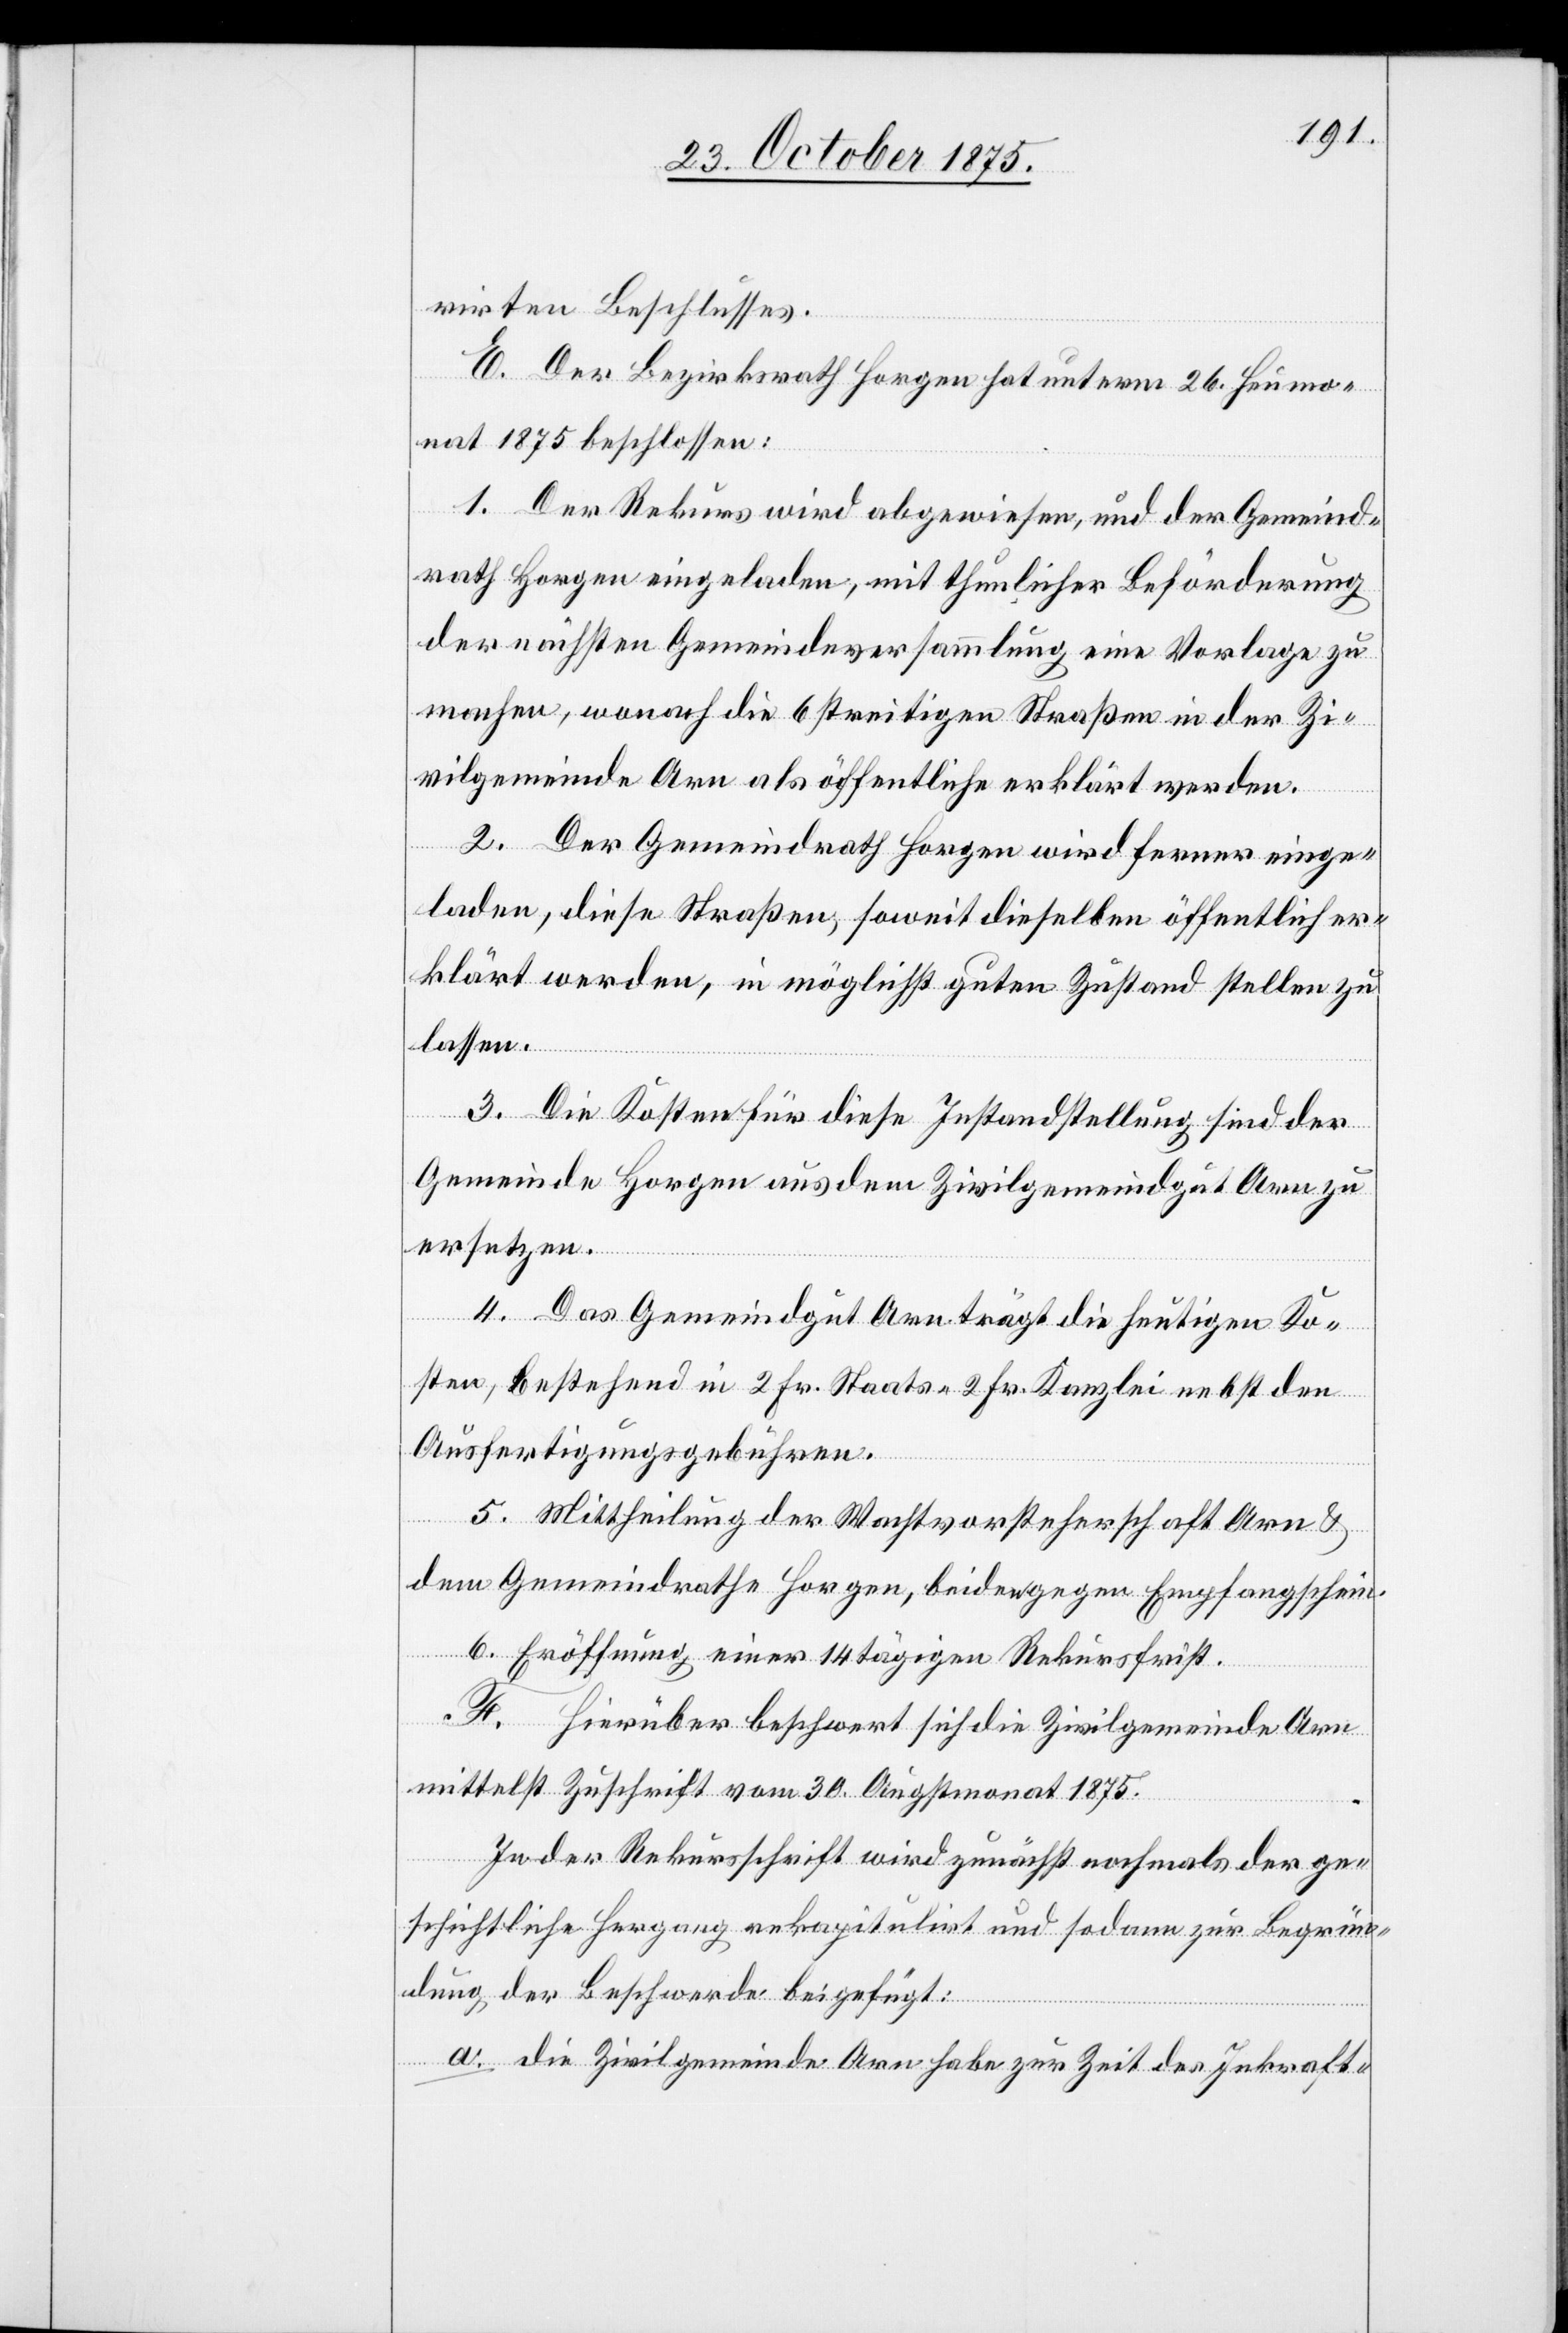
rirten Beschlusses.
E. Der Bezirksrath Horgen hat unterm 26. Heumo¬
nat 1875 beschlossen:
1. Der Rekurs wird abgewiesen, und der Gemeind¬
rath Horgen eingeladen, mit thunlicher Beförderung
der nächsten Gemeindeversammlung eine Vorlage zu
machen, wonach die 6 streitigen Straßen in der Zi¬
vilgemeinde Arn als öffentliche erklärt werden.
2. Der Gemeindrath Horgen wird ferner einge¬
laden, diese Straßen, soweit dieselben öffentlich er¬
klärt werden, in möglichst guten Zustand stellen zu
lassen.
3. Die Kosten für diese Instandstellung sind der
Gemeinde Horgen aus dem Zivilgemeindgut Arn zu
ersetzen.
4. Das Gemeindgut Arn trägt die heutigen Ko¬
sten, bestehend in 2 Fr. Staats- 2 Fr. Kanzlei[-] nebst den
Ausfertigungsgebühren.
5. Mittheilung der Wachtvorsteherschaft Arn &
dem Gemeindrathe Horgen, beiden gegen Empfangschein.
6. Eröffnung einer 14 tägigen Rekursfrist.
F. Hierüber beschwert sich die Zivilgemeinde Arn
mittelst Zuschrift vom 30. Augstmonat 1875.
In der Rekursschrift wird zunächst nochmals der ge¬
schichtliche Hergang rekapitulirt und sodann zur Begrün¬
dung der Beschwerde beigefügt:
a. die Zivilgemeinde Arn habe zur Zeit des Inkraft-